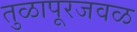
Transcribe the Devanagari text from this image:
तुळापूरजवळ